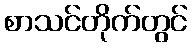
စာသင်တိုက်တွင်